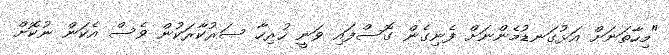
"މިހާތަނަށް އަޅުގަނޑުމެންނަށް ފެނިގެން ގޮސްފައި ވަނީ ހުރިހާ ސަރުކާރަކުން ވެސް އެކަން ނުކޮށް